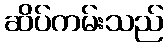
ဆိပ်ကမ်းသည်